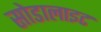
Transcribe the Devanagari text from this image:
सोडालाइट